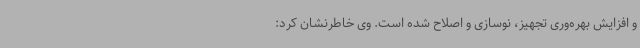
و افزایش بهره‌وری تجهیز، نوسازی و اصلاح شده است. وی خاطرنشان کرد: